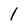
Character: 1